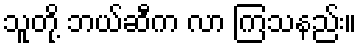
သူတို့ ဘယ်ဆီက လာ ကြသနည်း။